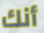
أنك